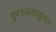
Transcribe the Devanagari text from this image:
कुलनामानुसार